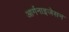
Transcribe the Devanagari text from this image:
आर्गनाइजेसन